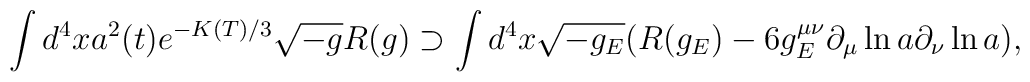
\int d^4 x a^2(t) e^{-K(T)/3}\sqrt{-g} R(g)\supset \int d^4x\sqrt{-g_E}(R(g_E)-6g_E^{\mu\nu}\partial_\mu\ln a\partial_{\nu}\ln a),